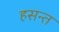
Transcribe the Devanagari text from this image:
हसन्त